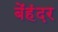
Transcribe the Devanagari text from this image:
बेंहंदर